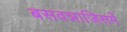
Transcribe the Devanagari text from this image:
बसवन्नाजिसमें